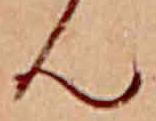
ん